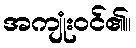
အကျုံးဝင်၏။